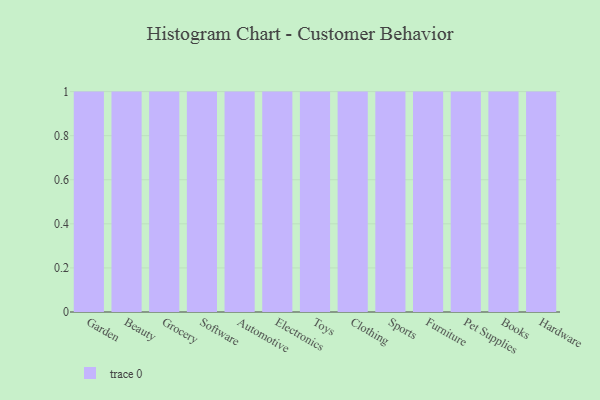
{"axis": {"x": "Category", "y": "Energy Usage (MWh)"}, "legend": [""], "data": [{"x": "Garden", "y": 98, "type": ""}, {"x": "Beauty", "y": 9, "type": ""}, {"x": "Grocery", "y": 74, "type": ""}, {"x": "Software", "y": 71, "type": ""}, {"x": "Automotive", "y": 46, "type": ""}, {"x": "Electronics", "y": 33, "type": ""}, {"x": "Toys", "y": 31, "type": ""}, {"x": "Clothing", "y": 13, "type": ""}, {"x": "Sports", "y": 57, "type": ""}, {"x": "Furniture", "y": 93, "type": ""}, {"x": "Pet Supplies", "y": 35, "type": ""}, {"x": "Books", "y": 14, "type": ""}, {"x": "Hardware", "y": 11, "type": ""}]}